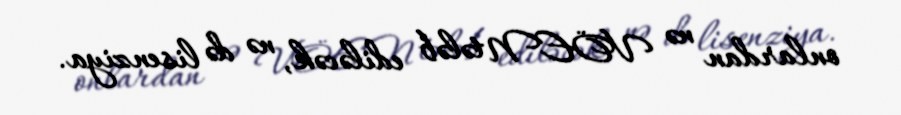
onlardan nə VÖEN tələb ediləcək, nə də lisenziya.